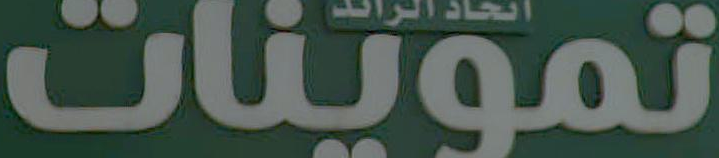
تموينات